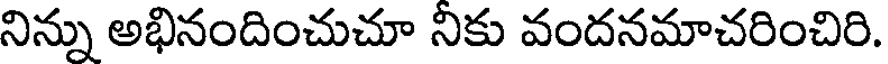
నిన్ను అభినందించుచూ నికు వందనమాచరించిరి.